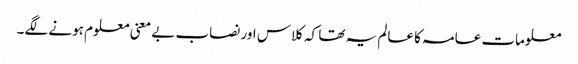
معلومات عامہ کا عالم یہ تھا کہ کلاس اور نصاب بے معنی معلوم ہونے لگے۔